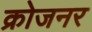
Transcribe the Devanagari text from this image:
क्रोजनर